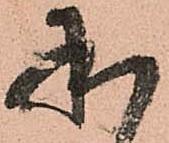
承